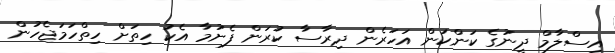
އިސްލާމް ދީނުގެ ކަންކަން އަހަރެން ދިރާސާ ކުރަން ފެށުމާ އެކު ހިތަށް ހިތްހަމަޖެހުން